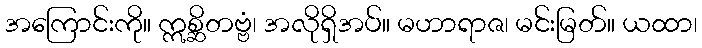
အကြောင်းကို။ ဣစ္ဆိတဗ္ဗံ၊ အလိုရှိအပ်။ မဟာရာဇ၊ မင်းမြတ်။ ယထာ၊